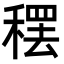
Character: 𫁂